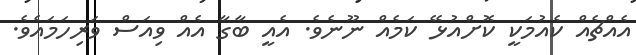
އެއްޗެއް ކެއުމަކީ ކޮށްއުޅޭ ކަމެއް ނޫނެވެ. އެއީ ބާގާ އެއް ވިއަސް ވަރިހަމައެވެ.